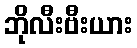
ဘိုလီးဗီးယား